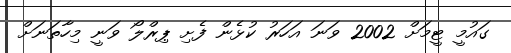
ގައުމީ ޓީމަށް 2002 ވަނަ އަހަރު ކުޅެން ފެށި ޕިރްލޯ ވަނީ މިހާތަނަށް